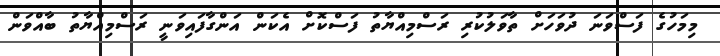
މިމަހުގެ ފަސްވަނަ ދުވަހަށް ތާވަލުކުރި ރަސްމިއްޔާތު ފަސްކޮށް އެކަން އަންގާފައިވަނީ ރަސްމިއްޔާތު ބާއްވަން